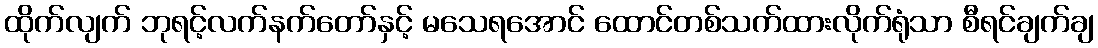
ထိုက်လျက် ဘုရင့်လက်နက်တော်နှင့် မသေရအောင် ထောင်တစ်သက်ထားလိုက်ရုံသာ စီရင်ချက်ချ